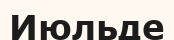
Июльде